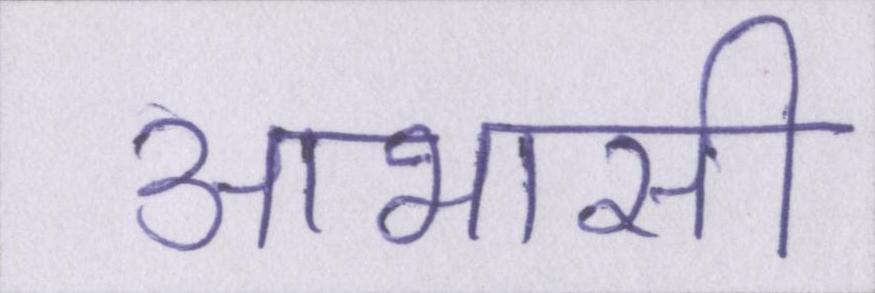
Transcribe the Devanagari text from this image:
आभासी